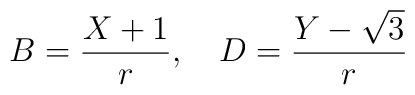
B=\frac{X+1}{r},\quad  D=\frac{Y-\sqrt{3}}{r}